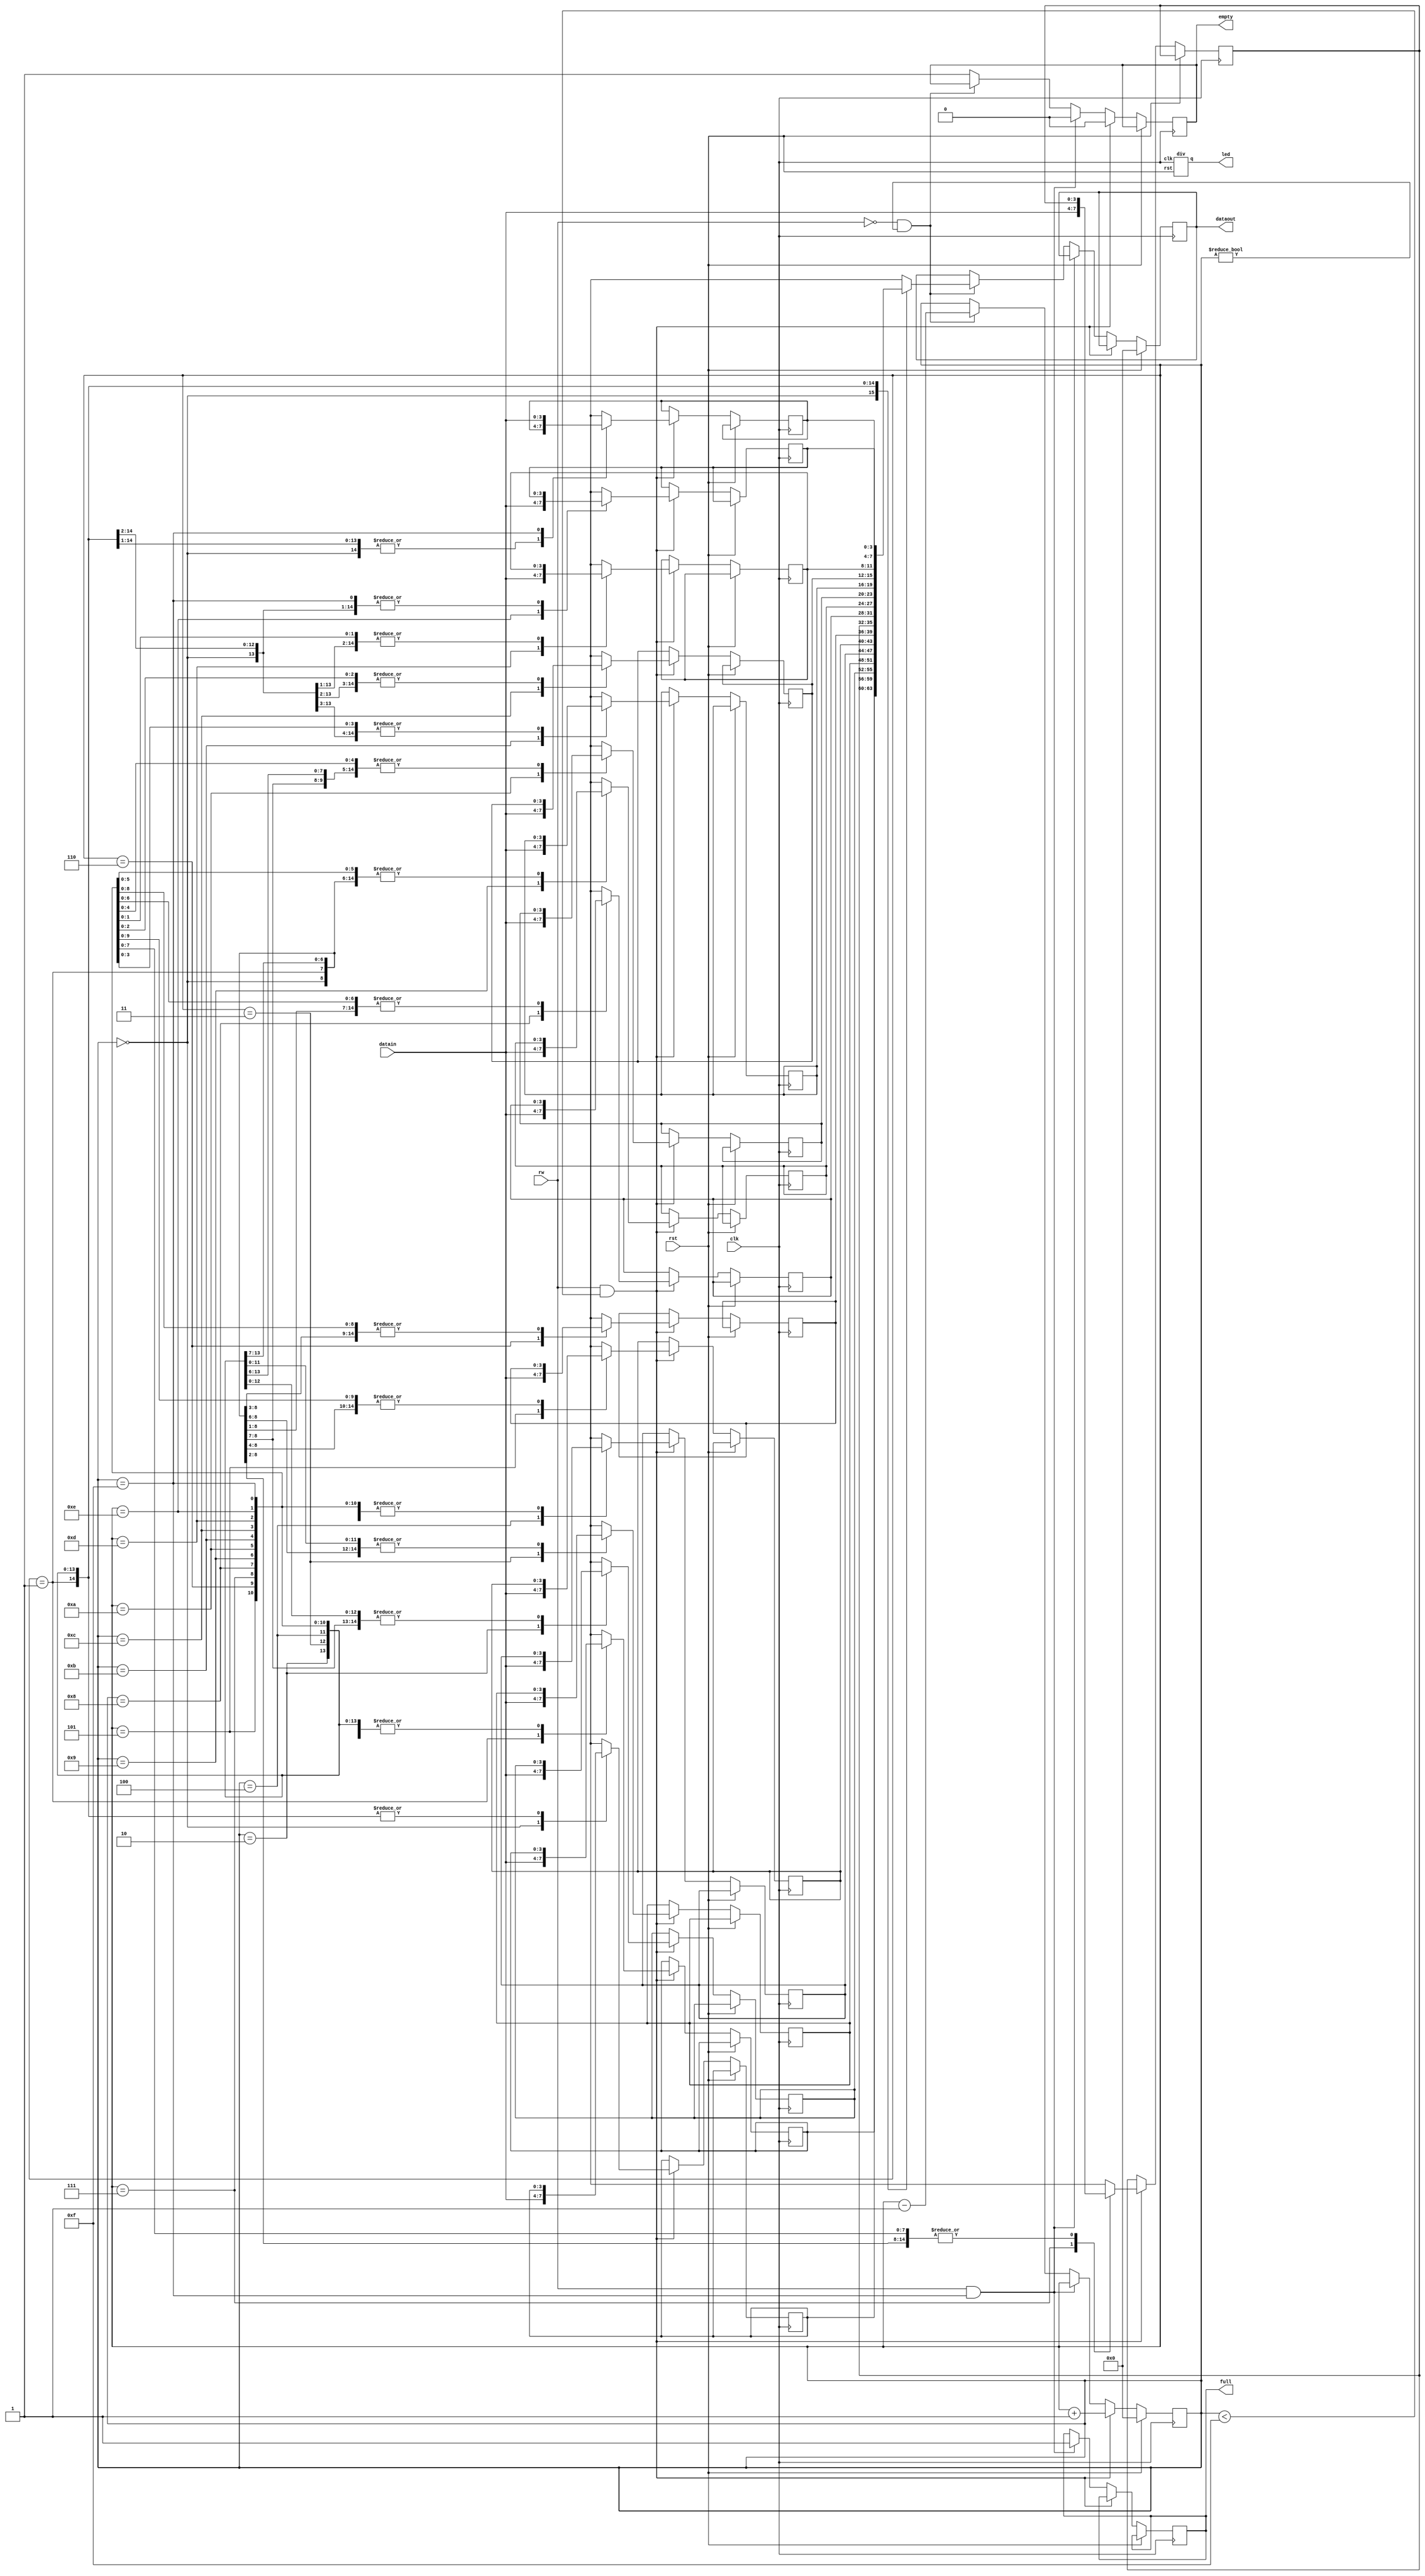
module stack(clk, rst, datain, rw, dataout, full, empty,led); 
input clk, rst, rw;
input [3:0] datain;
reg [3:0] ptr; 
wire c; 
output led;
output  reg [3:0] dataout;
 reg [3:0] mem[15:0];
 assign led=c;
output reg full, empty; 
div dd(clk,rst,c); 
always @(posedge clk)
 begin
if (rst == 1) 
begin
dataout = 0;
ptr = 0;
 end
else if (rw == 1 && ptr < 15) 
begin
mem[ptr] = datain; 
ptr = ptr + 1;
empty = 0; 
end
else if (rw == 1 && ptr == 15) 
begin
full = 1;
empty = 0; 
end
else if (rw == 0 && ptr != 0) 
begin
dataout = mem[ptr];
 ptr = ptr - 1;
end
 else
empty = 1;
end 
endmodule
module div(clk,rst,q); 
input clk,rst;
output q;
 reg [27:0]sig;
assign LED=q;
always @(posedge clk)
 begin
if(rst==1)
 sig=28'b0;
 else if (rst==0) 
 sig=sig+1;
end
assign q=sig[24]; 
endmodule